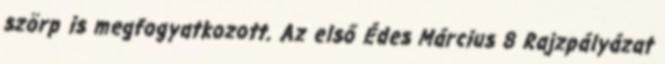
szörp is megfogyatkozott. Az első Édes Március 8 Rajzpályázat